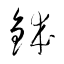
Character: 鉢